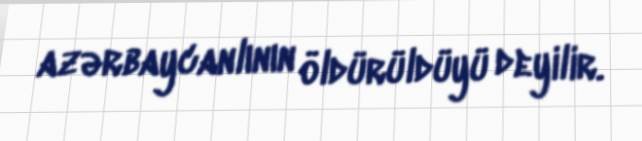
azərbaycanlının öldürüldüyü deyilir.